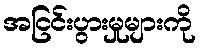
အငြင်းပွားမှုများကို